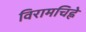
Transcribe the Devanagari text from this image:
विरामचिह्ने